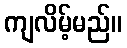
ကျလိမ့်မည်။